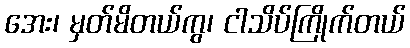
အေး၊ မှတ်မိတယ်ကွ၊ ငါသိပ်ကြိုက်တယ်